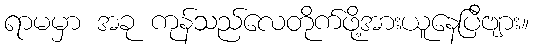
ရာမမှာ အခု ကုန်သည်လေတိုက်ဖို့အားယူနေပြီဗျား။